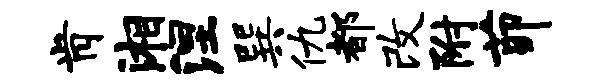
肯湘涅巽仇都改附茆